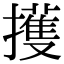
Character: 擭